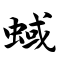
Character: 蜮